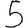
Digit: 5